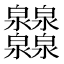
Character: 𤆁